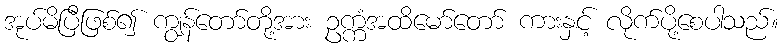
အုပ်မိပြီဖြစ်၍ ကျွန်တော်တို့အား ဥက္ကံအထိမော်တော် ကားနှင့် လိုက်ပို့စေပါသည်။